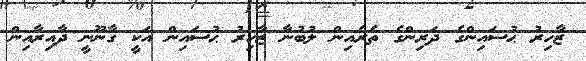
ޒާހިރު ޙުސައިންގެ ދަރިންގެ ތެރެއިން ލުބުނާ ޒާހިރު ޙުސައިން އަކީ ގާނޫނީ ދާއިރާއިން